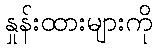
နှုန်းထားများကို